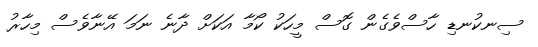
ސިނކުނޑި ހާސްވެގެން ގޮސް މީހަކު ކޯމާ އަކަށް ދާނެ ނަމަ އޭނާވެސް މިހާރު